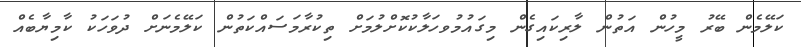
ކަލޭމެން ބޭރު މީހުން އަތުން ލާރިކައިގެން މިގައުމުވހަލާކުކޮށްލުމަށް ތިކުރާމަސައްކަތުން ކަލޭމެނަށް ދުވަހަކު ކާމިޔާބެއް